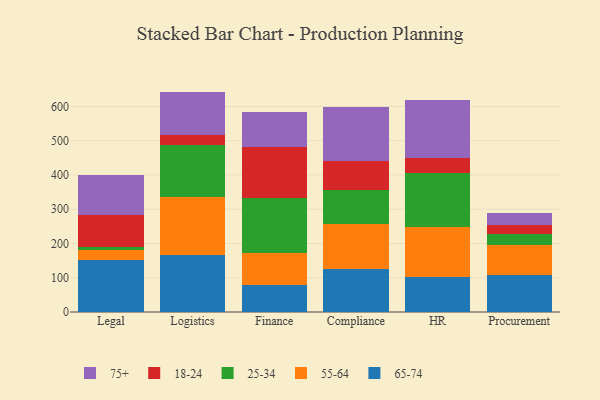
{"axis": {"x": "Department", "y": "Demand Index"}, "legend": ["18-24", "25-34", "55-64", "65-74", "75+"], "data": [{"x": "Legal", "y": 152.3, "type": "65-74"}, {"x": "Legal", "y": 27.8, "type": "55-64"}, {"x": "Legal", "y": 10.4, "type": "25-34"}, {"x": "Legal", "y": 91.9, "type": "18-24"}, {"x": "Legal", "y": 117.1, "type": "75+"}, {"x": "Logistics", "y": 165.3, "type": "65-74"}, {"x": "Logistics", "y": 170.1, "type": "55-64"}, {"x": "Logistics", "y": 151.9, "type": "25-34"}, {"x": "Logistics", "y": 28.8, "type": "18-24"}, {"x": "Logistics", "y": 127.3, "type": "75+"}, {"x": "Finance", "y": 78.1, "type": "65-74"}, {"x": "Finance", "y": 93.9, "type": "55-64"}, {"x": "Finance", "y": 160.2, "type": "25-34"}, {"x": "Finance", "y": 149.0, "type": "18-24"}, {"x": "Finance", "y": 101.7, "type": "75+"}, {"x": "Compliance", "y": 126.2, "type": "65-74"}, {"x": "Compliance", "y": 131.1, "type": "55-64"}, {"x": "Compliance", "y": 99.8, "type": "25-34"}, {"x": "Compliance", "y": 83.6, "type": "18-24"}, {"x": "Compliance", "y": 157.7, "type": "75+"}, {"x": "HR", "y": 102.3, "type": "65-74"}, {"x": "HR", "y": 146.0, "type": "55-64"}, {"x": "HR", "y": 158.4, "type": "25-34"}, {"x": "HR", "y": 42.6, "type": "18-24"}, {"x": "HR", "y": 169.5, "type": "75+"}, {"x": "Procurement", "y": 107.6, "type": "65-74"}, {"x": "Procurement", "y": 87.8, "type": "55-64"}, {"x": "Procurement", "y": 31.7, "type": "25-34"}, {"x": "Procurement", "y": 26.6, "type": "18-24"}, {"x": "Procurement", "y": 34.6, "type": "75+"}]}